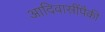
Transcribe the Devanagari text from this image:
आदिवासींपैकी